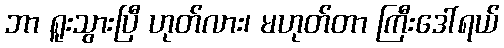
ဘာ ရူးသွားပြီ ဟုတ်လား၊ မဟုတ်တာ ကြီးဒေါ်ရယ်